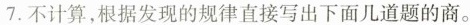
7.不计算，根据发现的规律直接写出下面几道题的商。